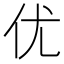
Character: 优